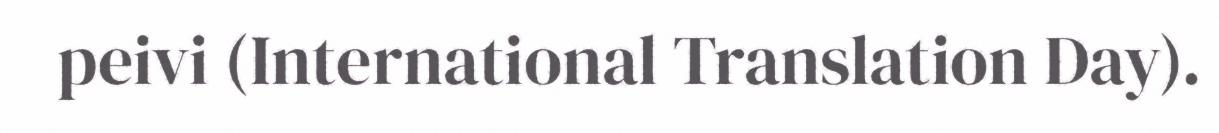
peivi (International Translation Day).